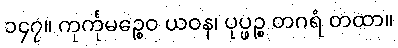
၁၄၇။ ကုင်္ကုမဉ္စေဝ ယဝန၊ ပုပ္ဖဉ္စ တဂရံ တထာ။